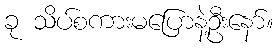
ခု သိပ်စကားမပြောနဲ့ဦးနော်။